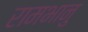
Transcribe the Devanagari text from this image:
रामभानु